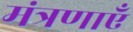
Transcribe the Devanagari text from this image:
मंत्रणाएँ